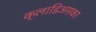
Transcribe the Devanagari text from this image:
क्लाडिअसका